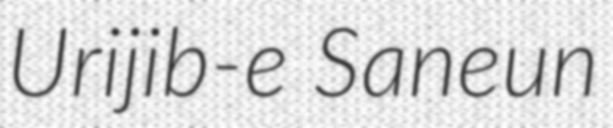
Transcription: Urijib-e Saneun